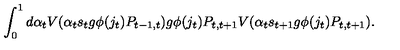
\int _ { 0 } ^ { 1 } d \alpha _ { t } V ( \alpha _ { t } s _ { t } g \phi ( j _ { t } ) P _ { t - 1 , t } ) g \phi ( j _ { t } ) P _ { t , t + 1 } V ( \alpha _ { t } s _ { t + 1 } g \phi ( j _ { t } ) P _ { t , t + 1 } ) .